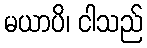
မယာပိ၊ ငါသည်